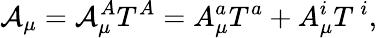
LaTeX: \mathcal{A}_{\mu}=\mathcal{A}_{\mu}^{A}T^{A}=A_{\mu}^{a}T^{a}+A_{\mu}^{i}T^{\, i},